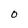
Character: O